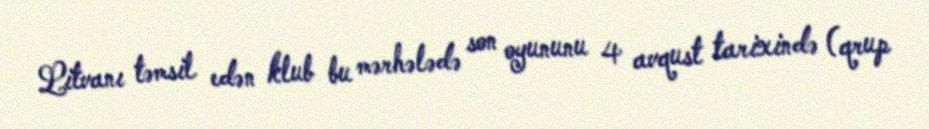
Litvanı təmsil edən klub bu mərhələdə son oyununu 4 avqust tarixində (qrup